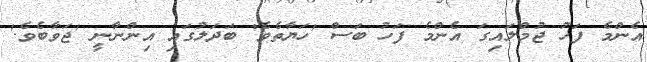
އެންމެ ފަހު ޖުމްލައިގަ އެންމެ ފަހު ބަސް 'ހަޔާތެވެ' ބަދަލުގައި އިންނާނީ 'ޖަވާބެވެ.'